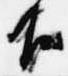
下